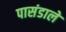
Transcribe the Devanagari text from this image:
पासंडाले